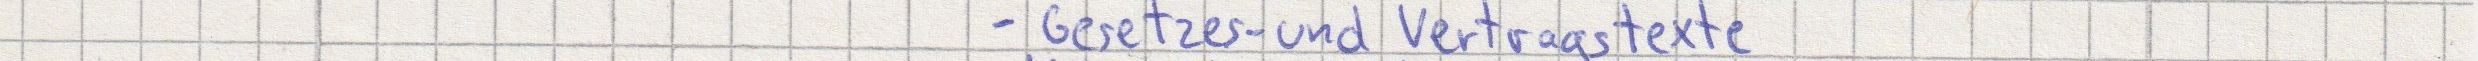
- Gesetzes - und Vertragstexte